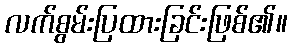
လက်စွမ်းပြထားခြင်းဖြစ်၏။